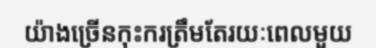
យ៉ាងច្រើនកុះករត្រឹមតែរយៈពេលមួយ